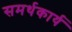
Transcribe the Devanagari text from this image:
समर्थकार्य